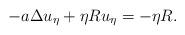
LaTeX: \begin{align*} -a\Delta u_\eta + \eta R u_\eta = -\eta R.\end{align*}